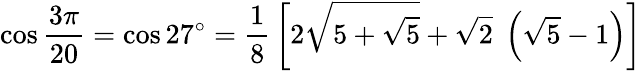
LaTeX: \cos{\frac{3\pi}{20}}=\cos 27^{\circ}={\frac{1}{8}}\left[2{\sqrt{5+{\sqrt{5}}}}+{\sqrt{2}}\; \left({\sqrt{5}}-1\right)\right]